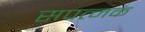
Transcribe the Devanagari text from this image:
सपत्नकं